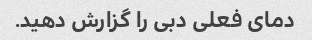
دمای فعلی دبی را گزارش دهید.